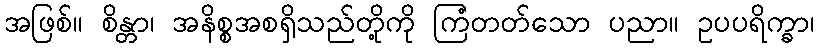
အဖြစ်။ စိန္တာ၊ အနိစ္စအစရှိသည်တို့ကို ကြံတတ်သော ပညာ။ ဥပပရိက္ခာ၊